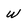
Character: W